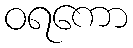
ဝရကော